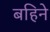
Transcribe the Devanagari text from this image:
बहिने